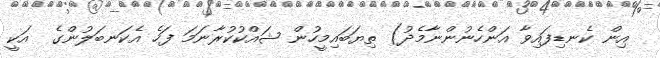
އިން ކެނޑިފައިވާ އަންހެނުންނާމެދު) ތިޔަބައިމީހުން ޝައްކުކުރާނަމަ ފަހެ އެކަނބަލުންގެ  އަކީ